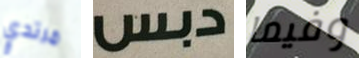
مرتدي دبس وفيما